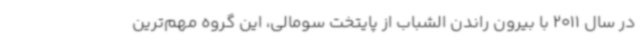
در سال 2011 با بیرون راندن الشباب از پایتخت سومالی، این گروه مهم‌ترین